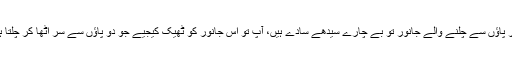
چار پاؤں سے چلنے والے جانور تو بے چارے سیدھے سادے ہیں، آپ تو اس جانور کو ٹھیک کیجیے جو دو پاؤں سے سر اٹھا کر چلتا ہے۔